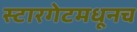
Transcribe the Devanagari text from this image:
स्टारगेटमधूनच